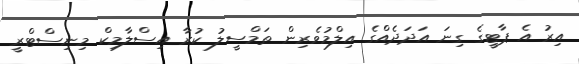
އިރު އެ ޕާޓީގެ ގިނަ އަދަދެއްގެ އިލްމުވެރިން ތަމްސީލު ކުރާ އިސްލާމިކް މިނިސްޓްރީ